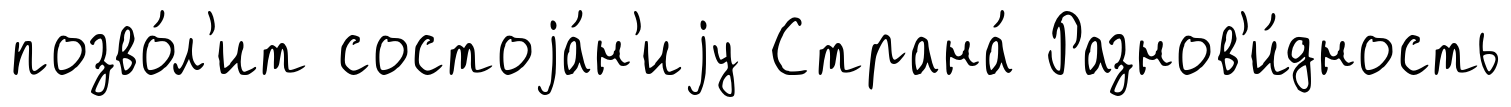
позво́л'ит состоjа́н'иjу Страна́ Разнов'и́дность